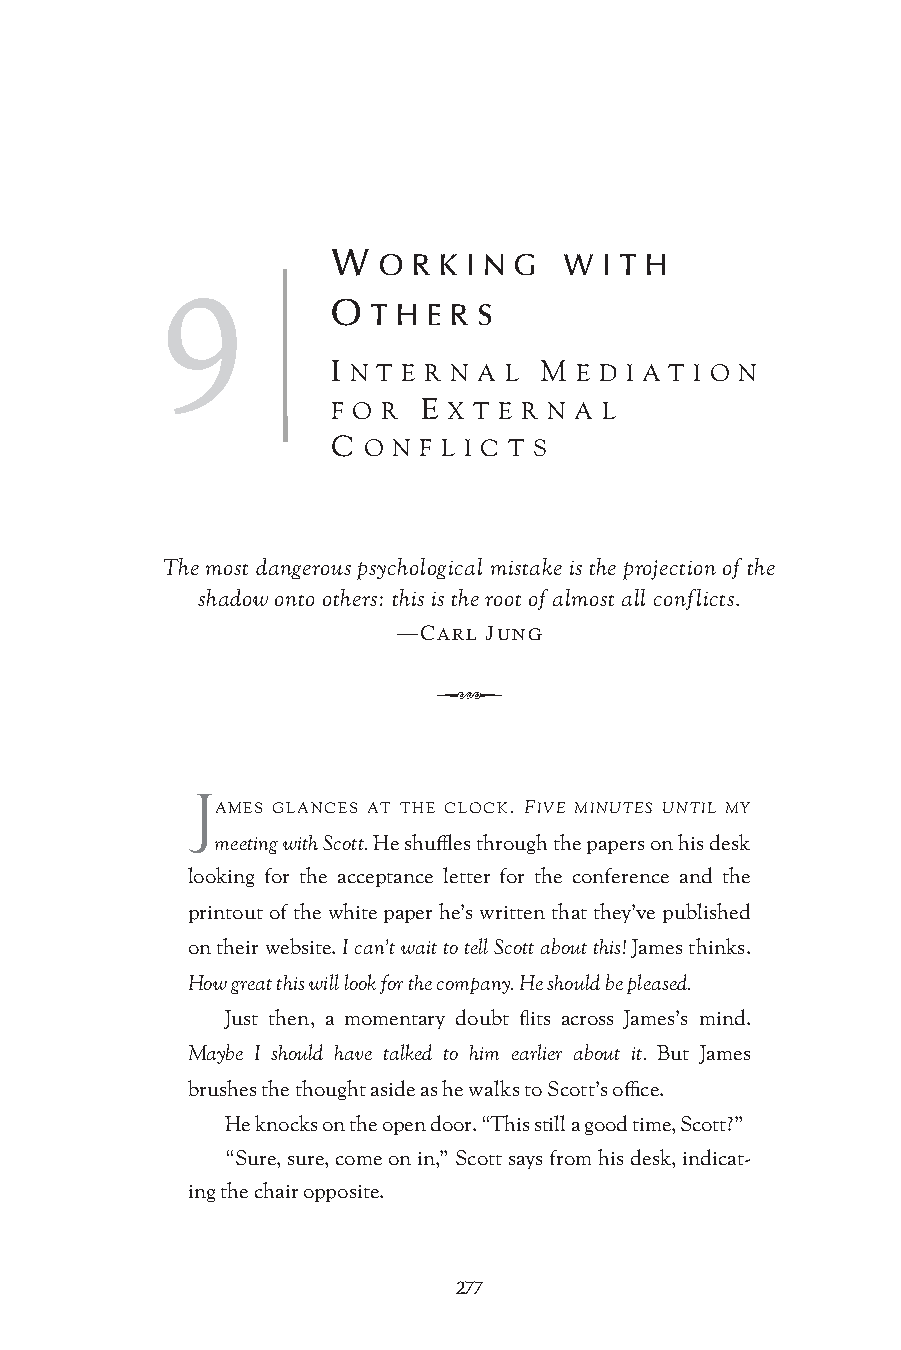
W  O R K I N G W  I T H
 9
 O  T H E R S
 I N T E R N A L M E D I A T I O N
 F O R E X T E R N A L
 C O N F L I C T S
 The most dangerous psychological mistake is the projection of the
 shadow onto others: this is the root of almost all conflicts.
 —CARL JUNG
 Q
 J
 AMES GLANCES AT THE CLOCK. FIVE MINUTES UNTIL MY
 meeting with Scott. He shuffles through the papers on his desk
 looking for the acceptance letter for the conference and the
 printout of the white paper he’s written that they’ve published
 on their website. I can’t wait to tell Scott about this! James thinks.
 How great this will look for the company. He should be pleased.
 Just then, a momentary doubt flits across James’s mind.
 Maybe I should have talked to him earlier about it. But James
 brushes the thought aside as he walks to Scott’s office.
 He knocks on the open door. “This still a good time, Scott?”
 “Sure, sure, come on in,” Scott says from his desk, indicat-
 ing the chair opposite.
 277